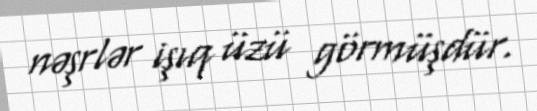
nəşrlər işıq üzü görmüşdür.